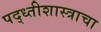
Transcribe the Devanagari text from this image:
पद्ध्तीशास्त्राचा